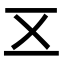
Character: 𠄡